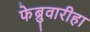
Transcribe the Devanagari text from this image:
फेब्रुवारीहा